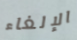
الإلغاء